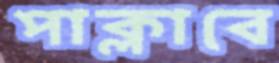
পাক্‌লাবে